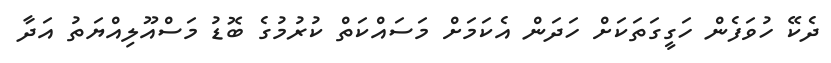
ދެކޭ ހުވަފެން ހަގީގަތަކަށް ހަދަން އެކަމަށް މަސައްކަތް ކުރުމުގެ ބޮޑު މަސްއޫލިއްޔަތު އަދާ